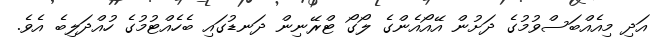
އަދި މިއެއްބަސްވުމުގެ ދަށުން އޭއޯއެންގެ ލޯގޯ ޓްރޭނިން ދަނޑުގައި ބެހެއްޓުމުގެ ހުއްދަލިބެ އެވެ.